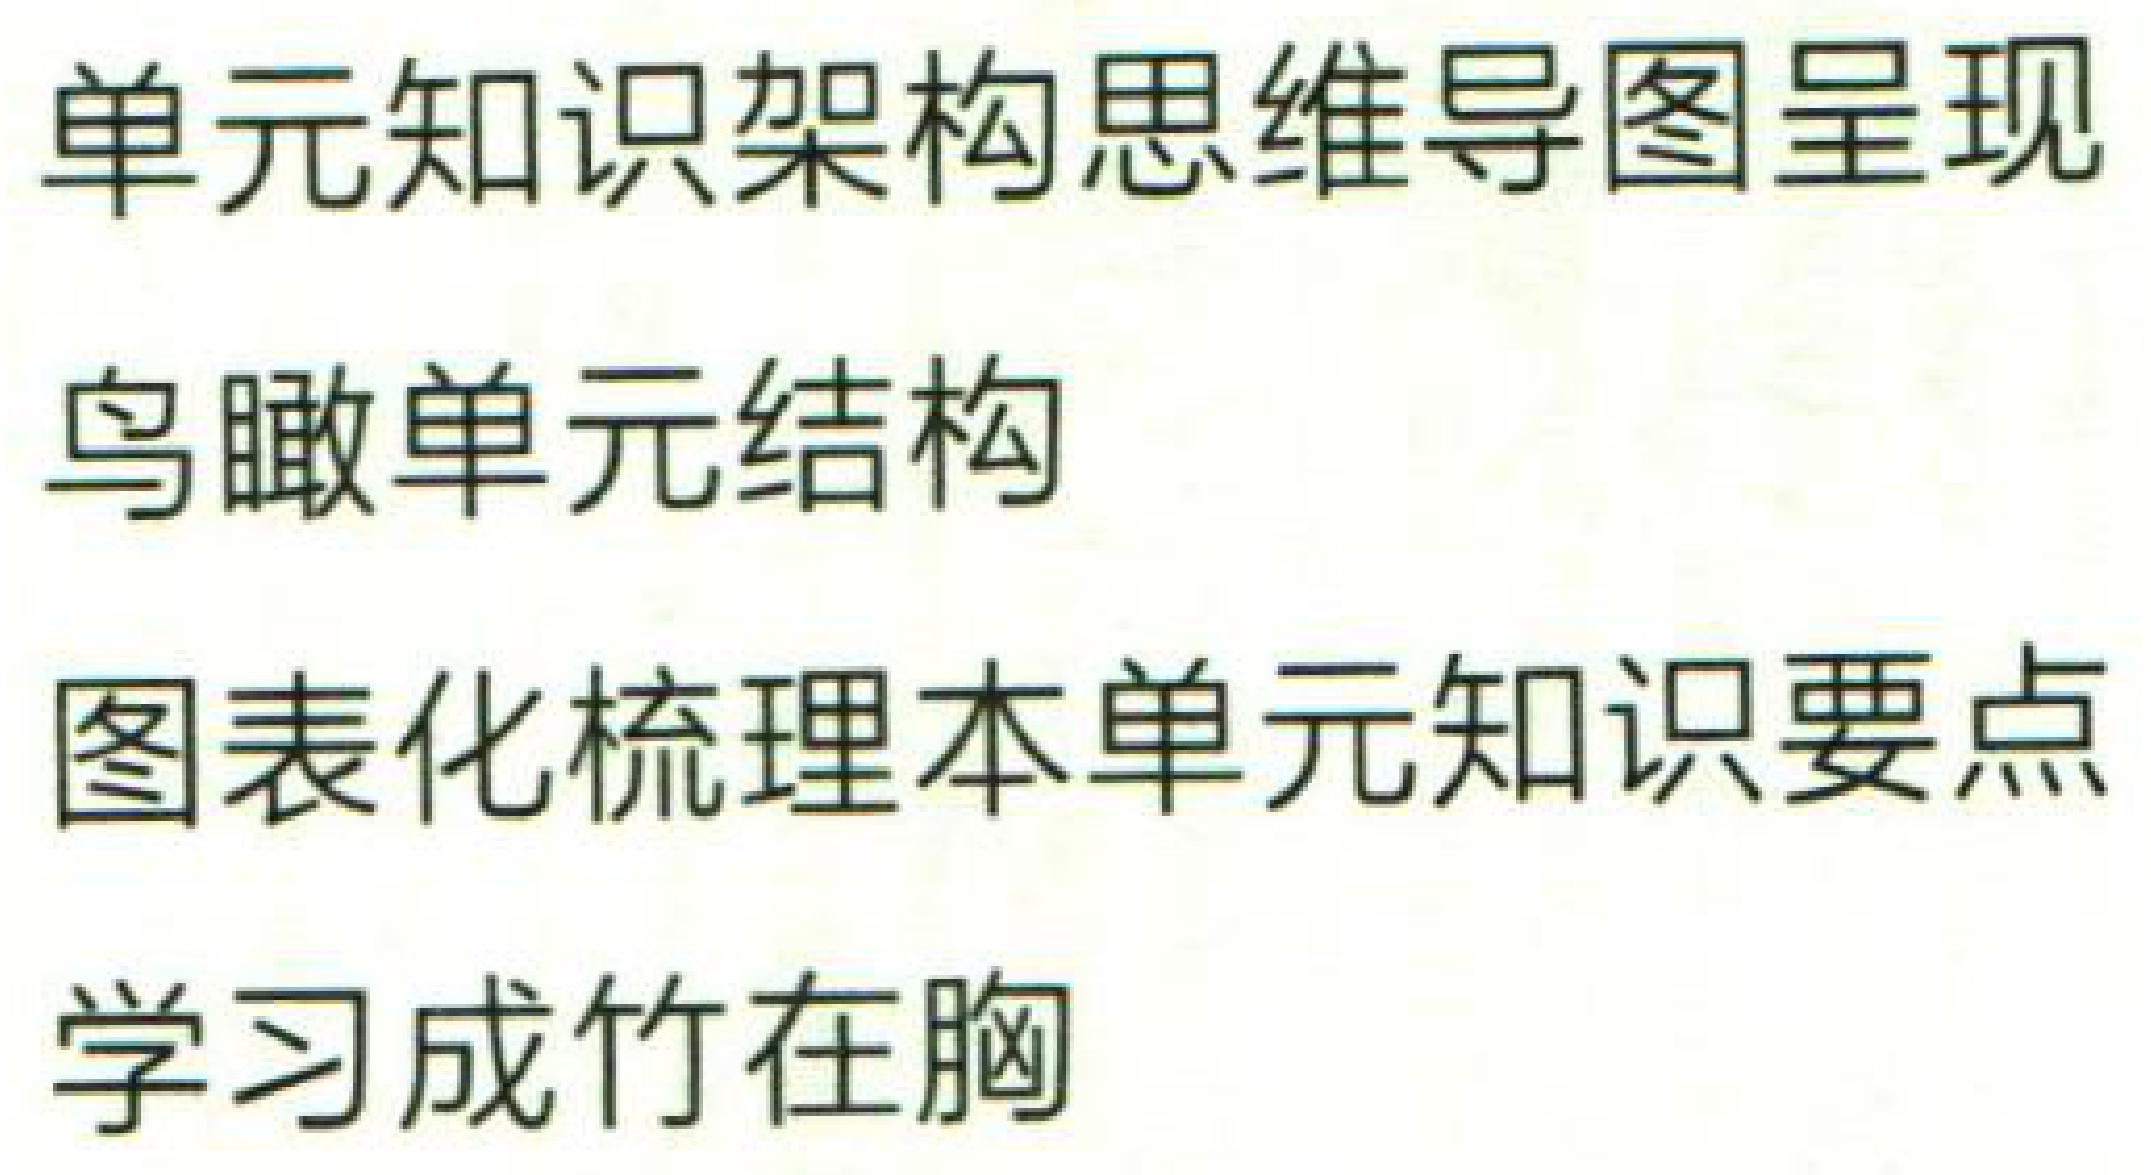
单元知识架构思维导图呈现

鸟瞰单元结构

图表化梳理本单元知识要点

学习成竹在胸